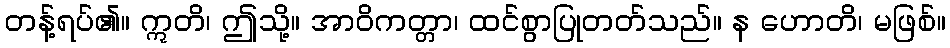
တန့်ရပ်၏။ ဣတိ၊ ဤသို့။ အာဝိကတ္တာ၊ ထင်စွာပြုတတ်သည်။ န ဟောတိ၊ မဖြစ်။